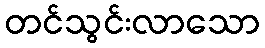
တင်သွင်းလာသော